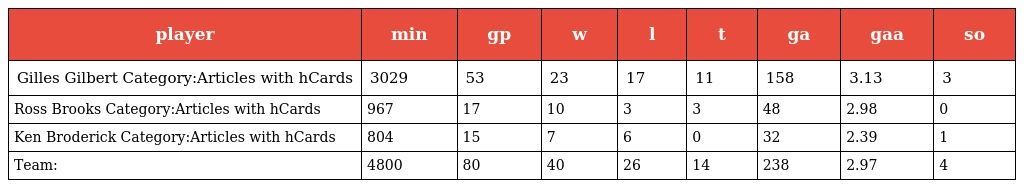
| player | min | gp | w | l | t | ga | gaa | so |
 | --- | --- | --- | --- | --- | --- | --- | --- | --- |
 | Gilles Gilbert Category:Articles with hCards | 3029 | 53 | 23 | 17 | 11 | 158 | 3.13 | 3 |
 | Ross Brooks Category:Articles with hCards | 967 | 17 | 10 | 3 | 3 | 48 | 2.98 | 0 |
 | Ken Broderick Category:Articles with hCards | 804 | 15 | 7 | 6 | 0 | 32 | 2.39 | 1 |
 | Team: | 4800 | 80 | 40 | 26 | 14 | 238 | 2.97 | 4 |